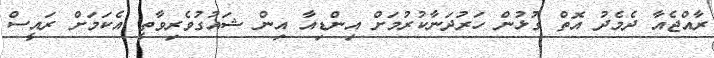
ރާއްޖެއާ ދެމެދު އޮތް ގުޅުން ހަރުދަނާކުރުމަށް އިންޑިއާ އިން ޝައުގުވެރިވާތީ އެކަމަށް ރައީސް